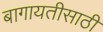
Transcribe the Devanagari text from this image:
बागायतीसाठी